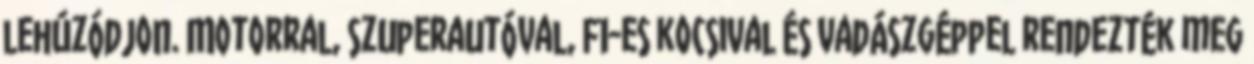
lehúzódjon. Motorral, szuperautóval, F1-es kocsival és vadászgéppel rendezték meg